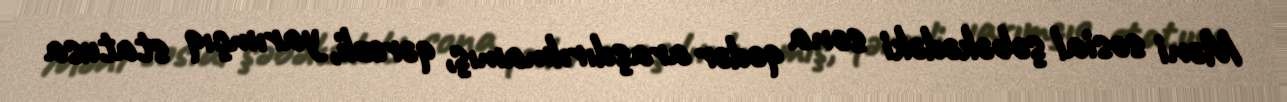
Məni sosial şəbəkədəki sona qədər araşdırılmamış, qərəzli, yarımçıq statusa